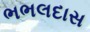
ભભલદાસ